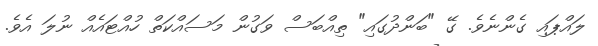
ލައްޕައި ގެންނެވެ. ގޭ "ބަންދުގައި" ތިއްބަސް ވަގުން މަސައްކަތް ހުއްޓައެއް ނުލަ އެވެ.